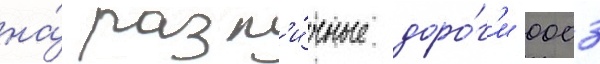
на́ разл'и́чные доро́г'и 0003